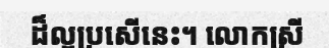
ដ៏ល្អប្រសើនេះ។ លោកស្រី